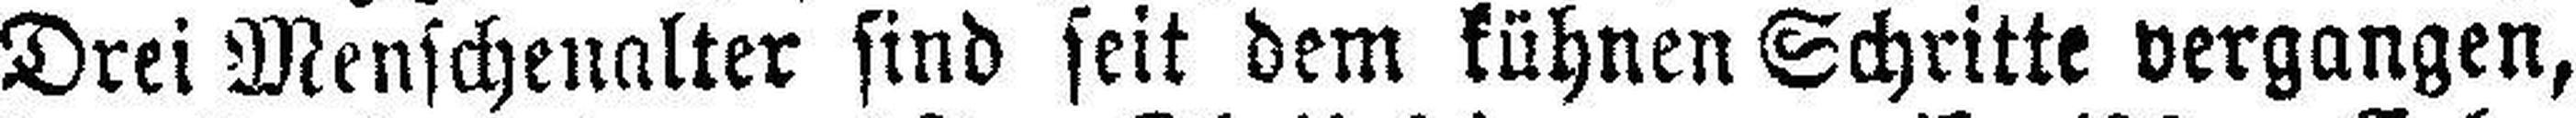
Drei Menschenalter sind seit dem kühnen Schritte vergangen,